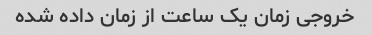
خروجی زمان یک ساعت از زمان داده شده